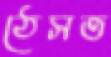
ঠেসত